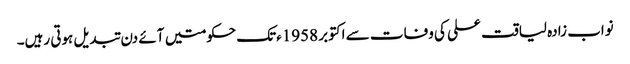
نواب زادہ لیاقت علی کی وفات سے اکتوبر 1958ءتک حکومتیں آئے دن تبدیل ہوتی رہیں۔